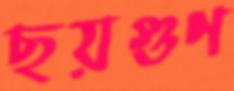
ছয়গুণ